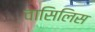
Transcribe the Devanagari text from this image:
वासिलिस